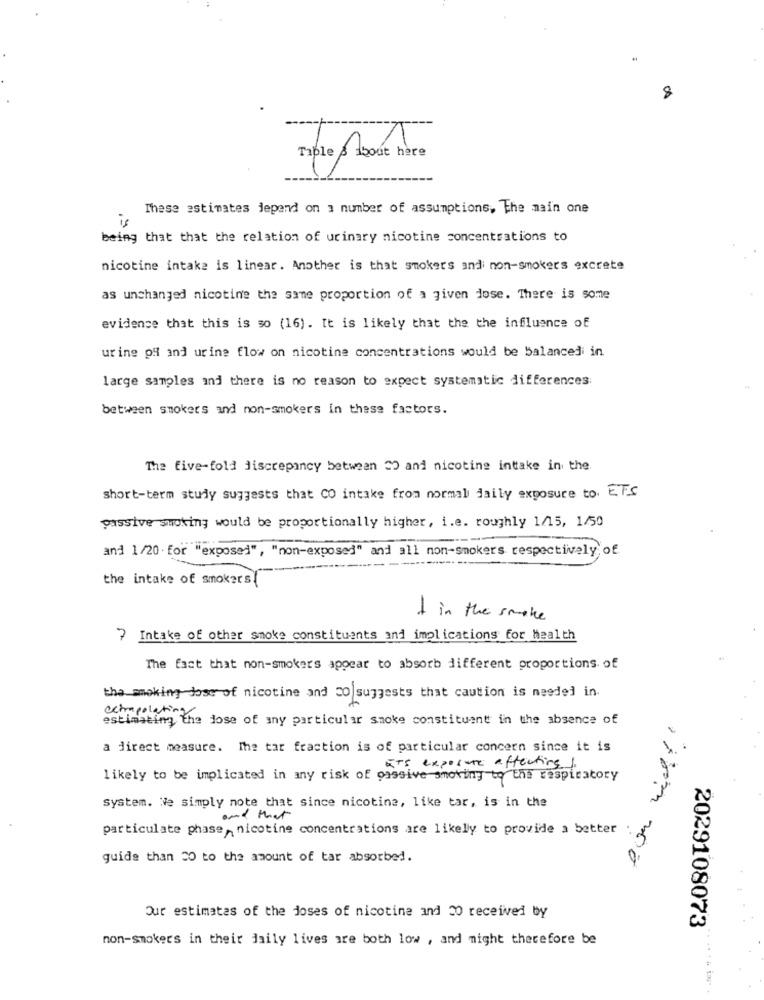
8
Taple About here
These estimates depend on 1 number of assumptions, the main one
is
being that that the relation of urinary nicotine concentrations to
nicotine intake is linear. Another is that smokers and non-smokers excrete
as unchanged nicotine the same proportion of a given dose. There is some
evidence that this is so (16). It is likely that the the influence of
urine og and urine flow on nicotine concentrations would be balanced in
large samples and there is no reason to expect systematic differences:
between smokers and non-smokers in these factors.
The five-fold discrepancy between " and nicotine intake in the.
short-term study suggests that CO intake from normal daily exposure to ETS
passive smoking would be proportionally higher, i.e. roughly 1/15, 1/50
and 1/20 . for "exposed", "non-exposed" and all non-smokers respectively of
the intake of smokers
I in the smoke
) Intake of other smoke constituents and implications for health
The fact that non-smokers appear to absorb different proportions of
the making jose of nicotine and 20 suggests that caution is needed in.
estimating th
commpolatinthe jose of any particular smoke constituent in the absence of
a direct measure. The tar fraction is of particular concern since it is
ETS expointe affecting
likely to be implicated in any risk of passive smoking to the respiratory
System. We simply note that since nicotine, like tar, is in the
and that
particulate phase, nicotine concentrations are likely to provide a better
guide than 20 to the amount of tar absorbed.
Our estimates of the doses of nicotine and 30 received by
2029108073
non-smokers in their daily lives are both low , and night therefore be